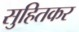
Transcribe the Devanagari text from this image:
सुहितकर